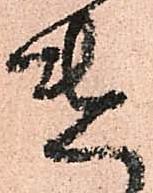
遣